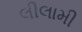
લીલામી